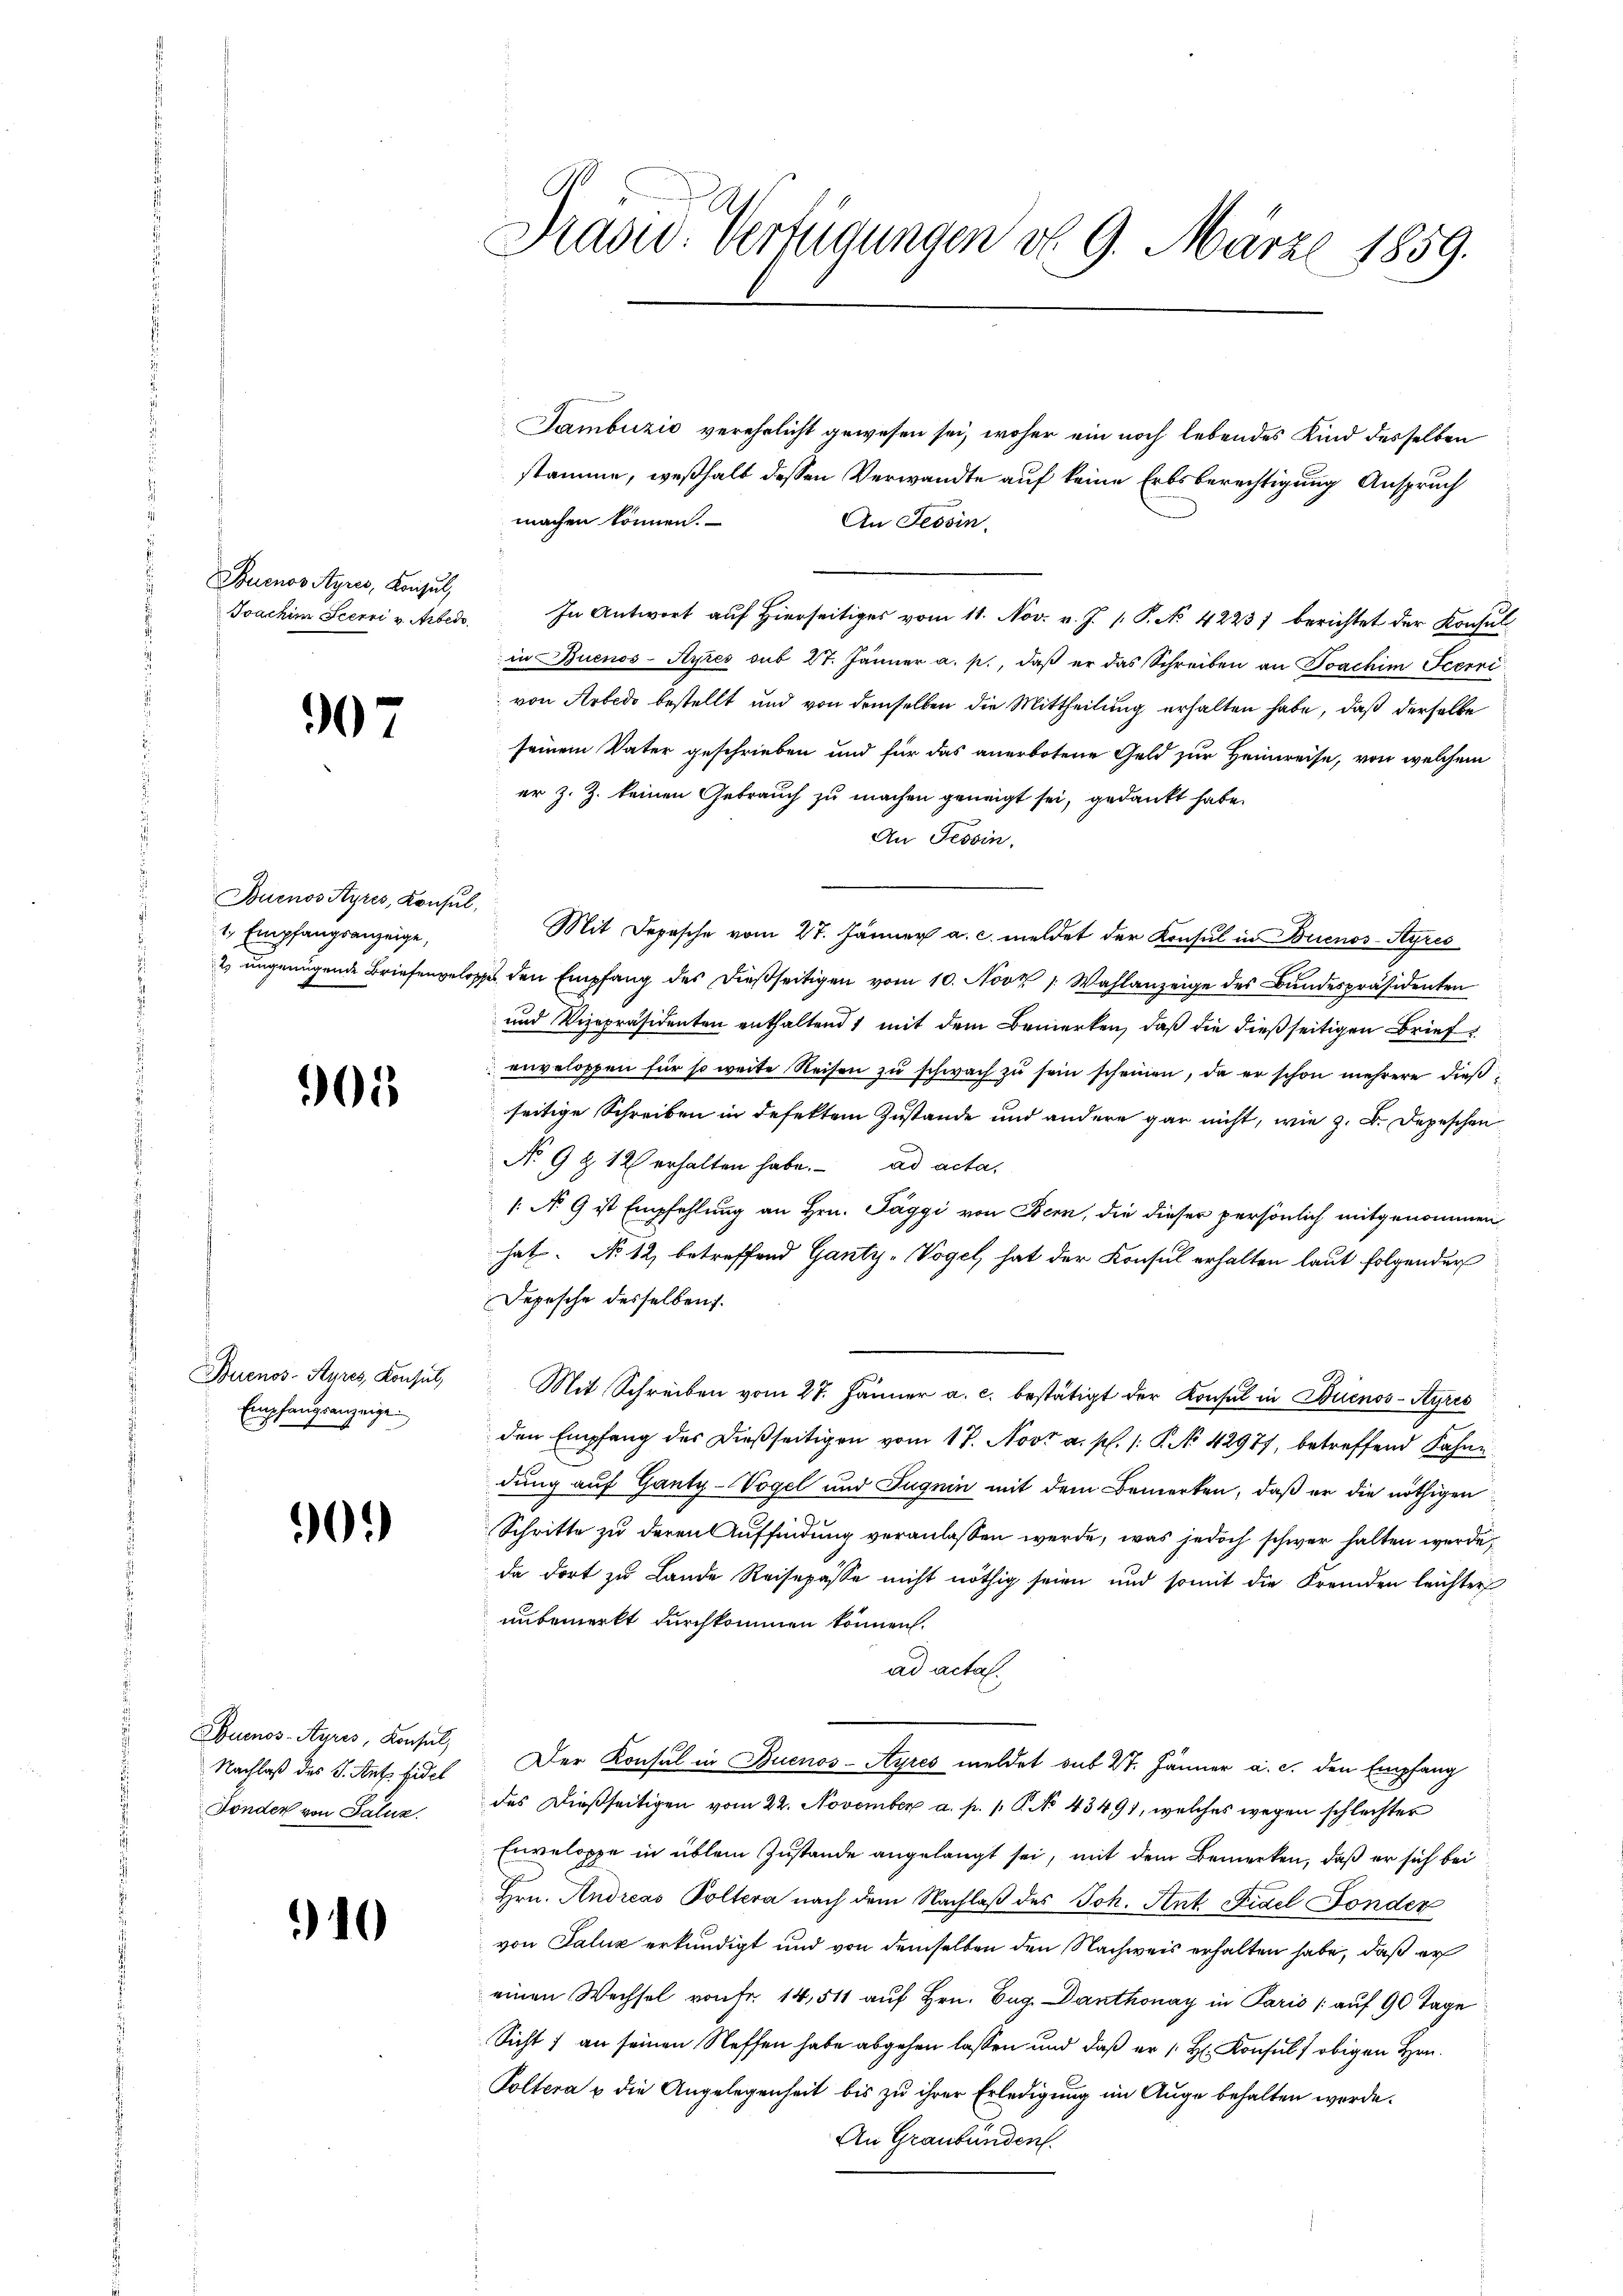
Buenos Ayres, Konsul,

90

Buenos Ayres, Konsul,
1, Empfangsanzeige,

905

Buenos-Ayres Konsul,
Empfangsanzeige.

90.)

Buenos-Ayres, Konsul,
Fonder von Saluz

10

Prasid. Verfügungen d. 9. März 1859.

Sambuzić verehelicht gewesen sei, woher ein noch lebendes Kind desselben
stamme, weßhalb dessen Verwandte auf keine Erbsberechtigung Anspruch
machen können.
An Tessin
Joachim Seerri v. Arbei. In Antwort aŭf hierseitiges vom 11. Nov. v. J. P. N. 4223) berichtet der Konsŭl
in Buenos-Ayres sub 27. Jänner a. p., daβ er das Schreiben an Joachim Terri
von Arbedo bestellt und von demselben die Mittheilung erhalten habe, daß derselbe
seinem Vater geschrieben und für das anerbotene Geld zur Heimreise, von welchem
er z. Z. keinen Gebrauch zu machen geneigt sei, gedankt habe.
An Tessin.
Mit Depesche vom 27. Jänner a. c. meldet der Konsul in Buenos-Ayres
2. ungenügende Briefengelosse den Empfang des dießseitigen vom 10. Nov. 1. Wahlanzeige des Bundespräsidenten
und Vizepräsidenten enthaltend, mit dem Bemerken, daß die dießseitigen Brief
enveloppen für so weite Reisen zŭ schwach zŭ sein scheinen, da er schon mehrere dießseitige Schreiben in defektem Zustande und andere gar nicht, wie z. B. Depeschen
Nr 9 & 12 erhalten habe. ad acta,
s: No 9 ist Empfehlung an Hrn. Taggi von Bern, die dieser persönlich mitgenommen
hat. No 12, betreffend Ganty-Vogel, hat der Konsul erhalten laut folgender
Depesche desselben.
Mit Schreiben vom 27. Jänner a. c. bestätigt der Konsul in Buenos-Ayres
den Empfang des dießseitigen vom 17. Nov. a. p. /: P. No 42977, betreffend Fahne
dung auf Ganty-Vogel und Jugnin mit dem Bemerken, daß er die nöthigen
Schritte zu deren Auffindung veranlassen werde, was jedoch schwer halten werde,
da dort zu Lande Reisepässe nicht nöthig seien und somit die Fremden leichter
unbemerkt durchkommen können.
ad acta.
Nachlaß des J. Antz fiel. Der Konsul in Buenos-Ayres meldet sub 27. Jänner a. c. den Empfang
des Dießseitigen vom 22. November a. p. 1. P. No 43491, welches wegen schlechter
Enveloppe in üblem Zustande angelangt sei, mit dem Bemerken, daß er sich bei
Hrn. Andreas Poltera nach dem Nachlaß des Joh. Ant. Fidel Fonder
von Saluz erkundigt und von demselben den Nachweis erhalten habe, daß er
einen Wechsel von Fr. 14,511 auf Hrn. Tag. Danthonay in Paris (auf 90 Tage
Sicht 1 an seinen Neffen habe abgehen lassen und daß er /: Hr. Konsul obigen Hrn.
Poltera u die Angelegenheit bis zu ihrer Erledigung im Auge behalten werde.
An Graubünden.